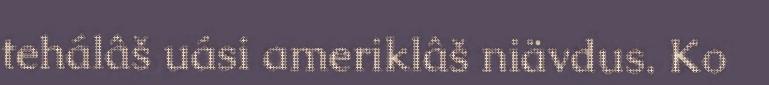
tehálâš uási ameriklâš niävdus. Ko